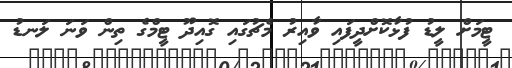
ޓީމަށް ލީޑު ފުޅާކޮށްދީފައި ވާއިރު މެޗުގައި ގޮއިދޫ ޓީމްގެ ތިން ވަނަ ލަނޑު